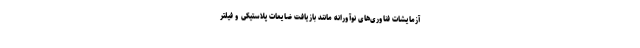
آزمایشات فناوری‌های نوآورانه مانند بازیافت ضایعات پلاستیکی و فیلتر